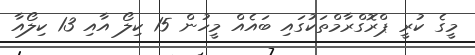
މީގެ ކުރީ ޕްރޮގްރާމްތަކުގައި ބައެއް މީހުން 15 ކިލޯ އާއި 13 ކިލޯއާ